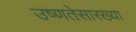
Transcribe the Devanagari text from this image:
उष्णतेसारख्या